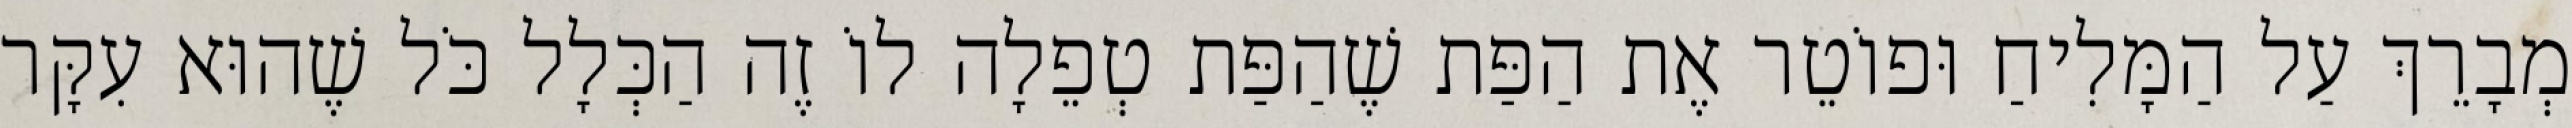
מְבָרֵךְ עַל הַמָּלִיחַ וּפוֹטֵר אֶת הַפַּת שֶׁהַפַּת טְפֵלָה לוֹ זֶה הַכְּלָל כֹּל שֶׁהוּא עִקָּר